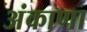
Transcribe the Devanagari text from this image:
अंकाणा